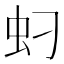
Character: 𱿘